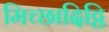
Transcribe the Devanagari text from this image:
मिच्छादिट्ठि